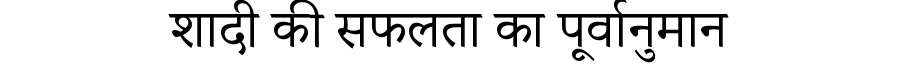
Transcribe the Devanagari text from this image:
शादी की सफलता का पूर्वानुमान